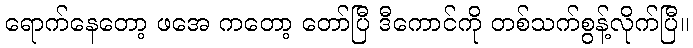
ရောက်နေတော့ ဖအေ ကတော့ တော်ပြီ ဒီကောင်ကို တစ်သက်စွန့်လိုက်ပြီ။